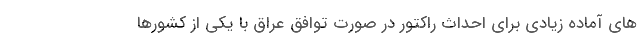
های آماده زیادی برای احداث راکتور در صورت توافق عراق با یکی از کشورها